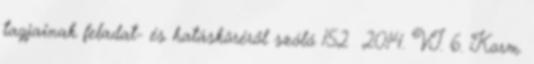
tagjainak feladat- és hatásköréről szóló 152 2014. VI. 6. Korm.